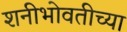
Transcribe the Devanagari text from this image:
शनीभोवतीच्या